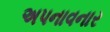
અપનાવનાર